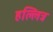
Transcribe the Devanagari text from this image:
हल्लित्र